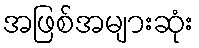
အဖြစ်အများဆုံး